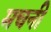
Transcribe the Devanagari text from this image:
मचनी